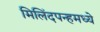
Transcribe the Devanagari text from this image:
मिलिंदपन्हमध्ये